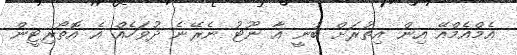
އެމްއެމްއޭ އިން އިތުރަށް ބުނީ އާ ނޫޓު ނެރޭނެ ދުވަހެއް އެ އޮތޯރިޓީން